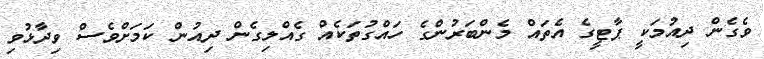
ވެެގެން ދިއުމަކީ ޕާޓީގެ އެތައް މެންބަރުންގެ ހައްގުތަކެއް ގެއްލިގެން ދިއުން ކަމަށްވެސް ވިދާޅުވި